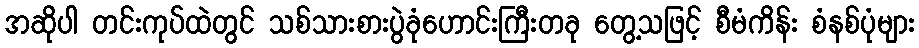
အဆိုပါ တင်းကုပ်ထဲတွင် သစ်သားစားပွဲခုံဟောင်းကြီးတခု တွေ့သဖြင့် စီမံကိန်း စံနစ်ပုံများ